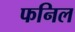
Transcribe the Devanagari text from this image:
फनिल